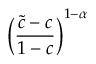
\left( \frac { \tilde { c } - c } { 1 - c } \right) ^ { 1 - \alpha }